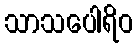
သာသပေါရိဝ